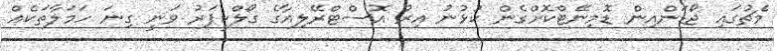
މެޗުގައި ޖޯޑަންއިން ޑޮމިނޭޓްކޮށްގެން ކުޅުނު އިރު އޮސްޓްރޭލިއާގެ ގޯލްކީޕަރު ވަނީ ގިނަ ހަމަލާތަކެއް